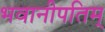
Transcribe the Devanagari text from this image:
भवानीपतिम्